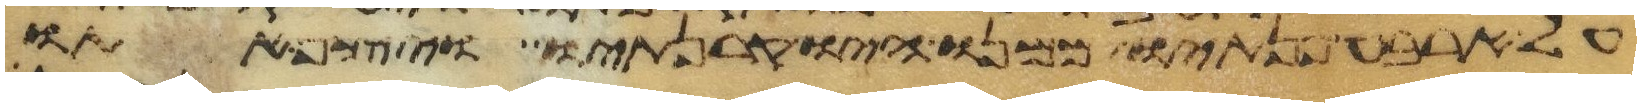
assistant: על ארבע פנתיו ממנו היו קרנתיו ויצף אתו